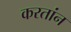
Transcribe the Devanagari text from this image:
करतांन